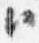
臣